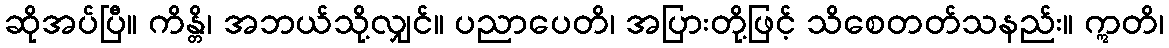
ဆိုအပ်ပြီ။ ကိန္တိ၊ အဘယ်သို့လျှင်။ ပညာပေတိ၊ အပြားတို့ဖြင့် သိစေတတ်သနည်း။ ဣတိ၊